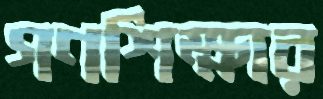
গণশিক্ষার